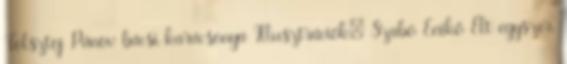
Tolsztoj Pánov bácsi karácsonya Illusztrációk: Szabó Enikő Élt egyszer,